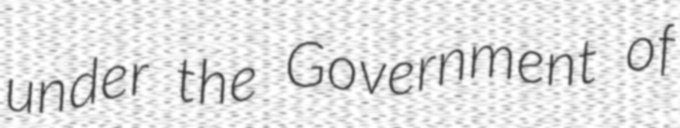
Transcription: under the Government of